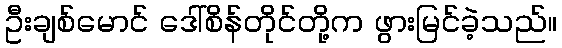
ဦးချစ်မောင် ဒေါ်စိန်တိုင်တို့က ဖွားမြင်ခဲ့သည်။